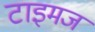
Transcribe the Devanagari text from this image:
टाइमज